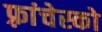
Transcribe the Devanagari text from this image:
फ़्रांचेस्को